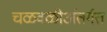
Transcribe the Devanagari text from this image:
चळवळीअंतर्गत